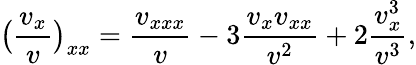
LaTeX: \bigl(\frac{v_{x}}{v}\bigr)_{xx}=\frac{v_{xxx}}{v}-3\frac{v_{x}v_{xx}}{v^{2}}+2\frac{v_{x}^{3}}{v^{3}},